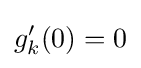
g_{k}'(0)=0